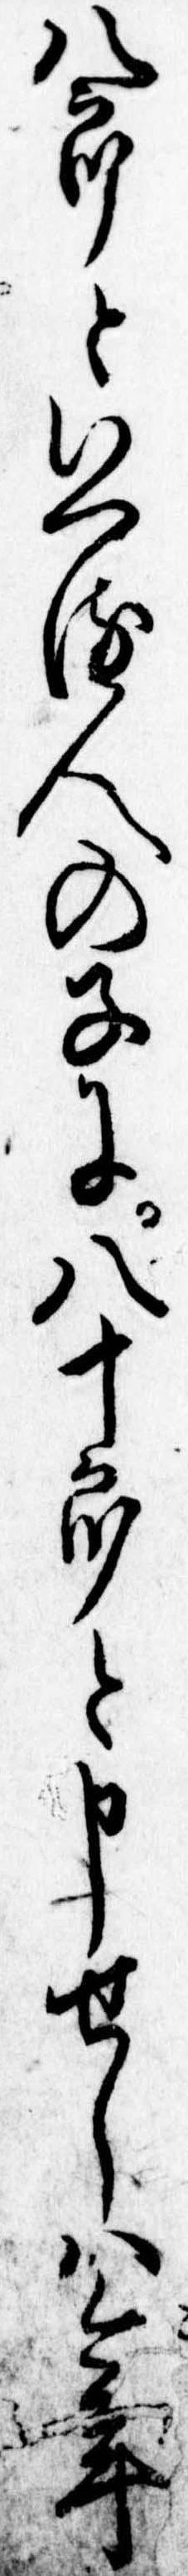
八郎といへる人の子に八十郎と申せしは今年